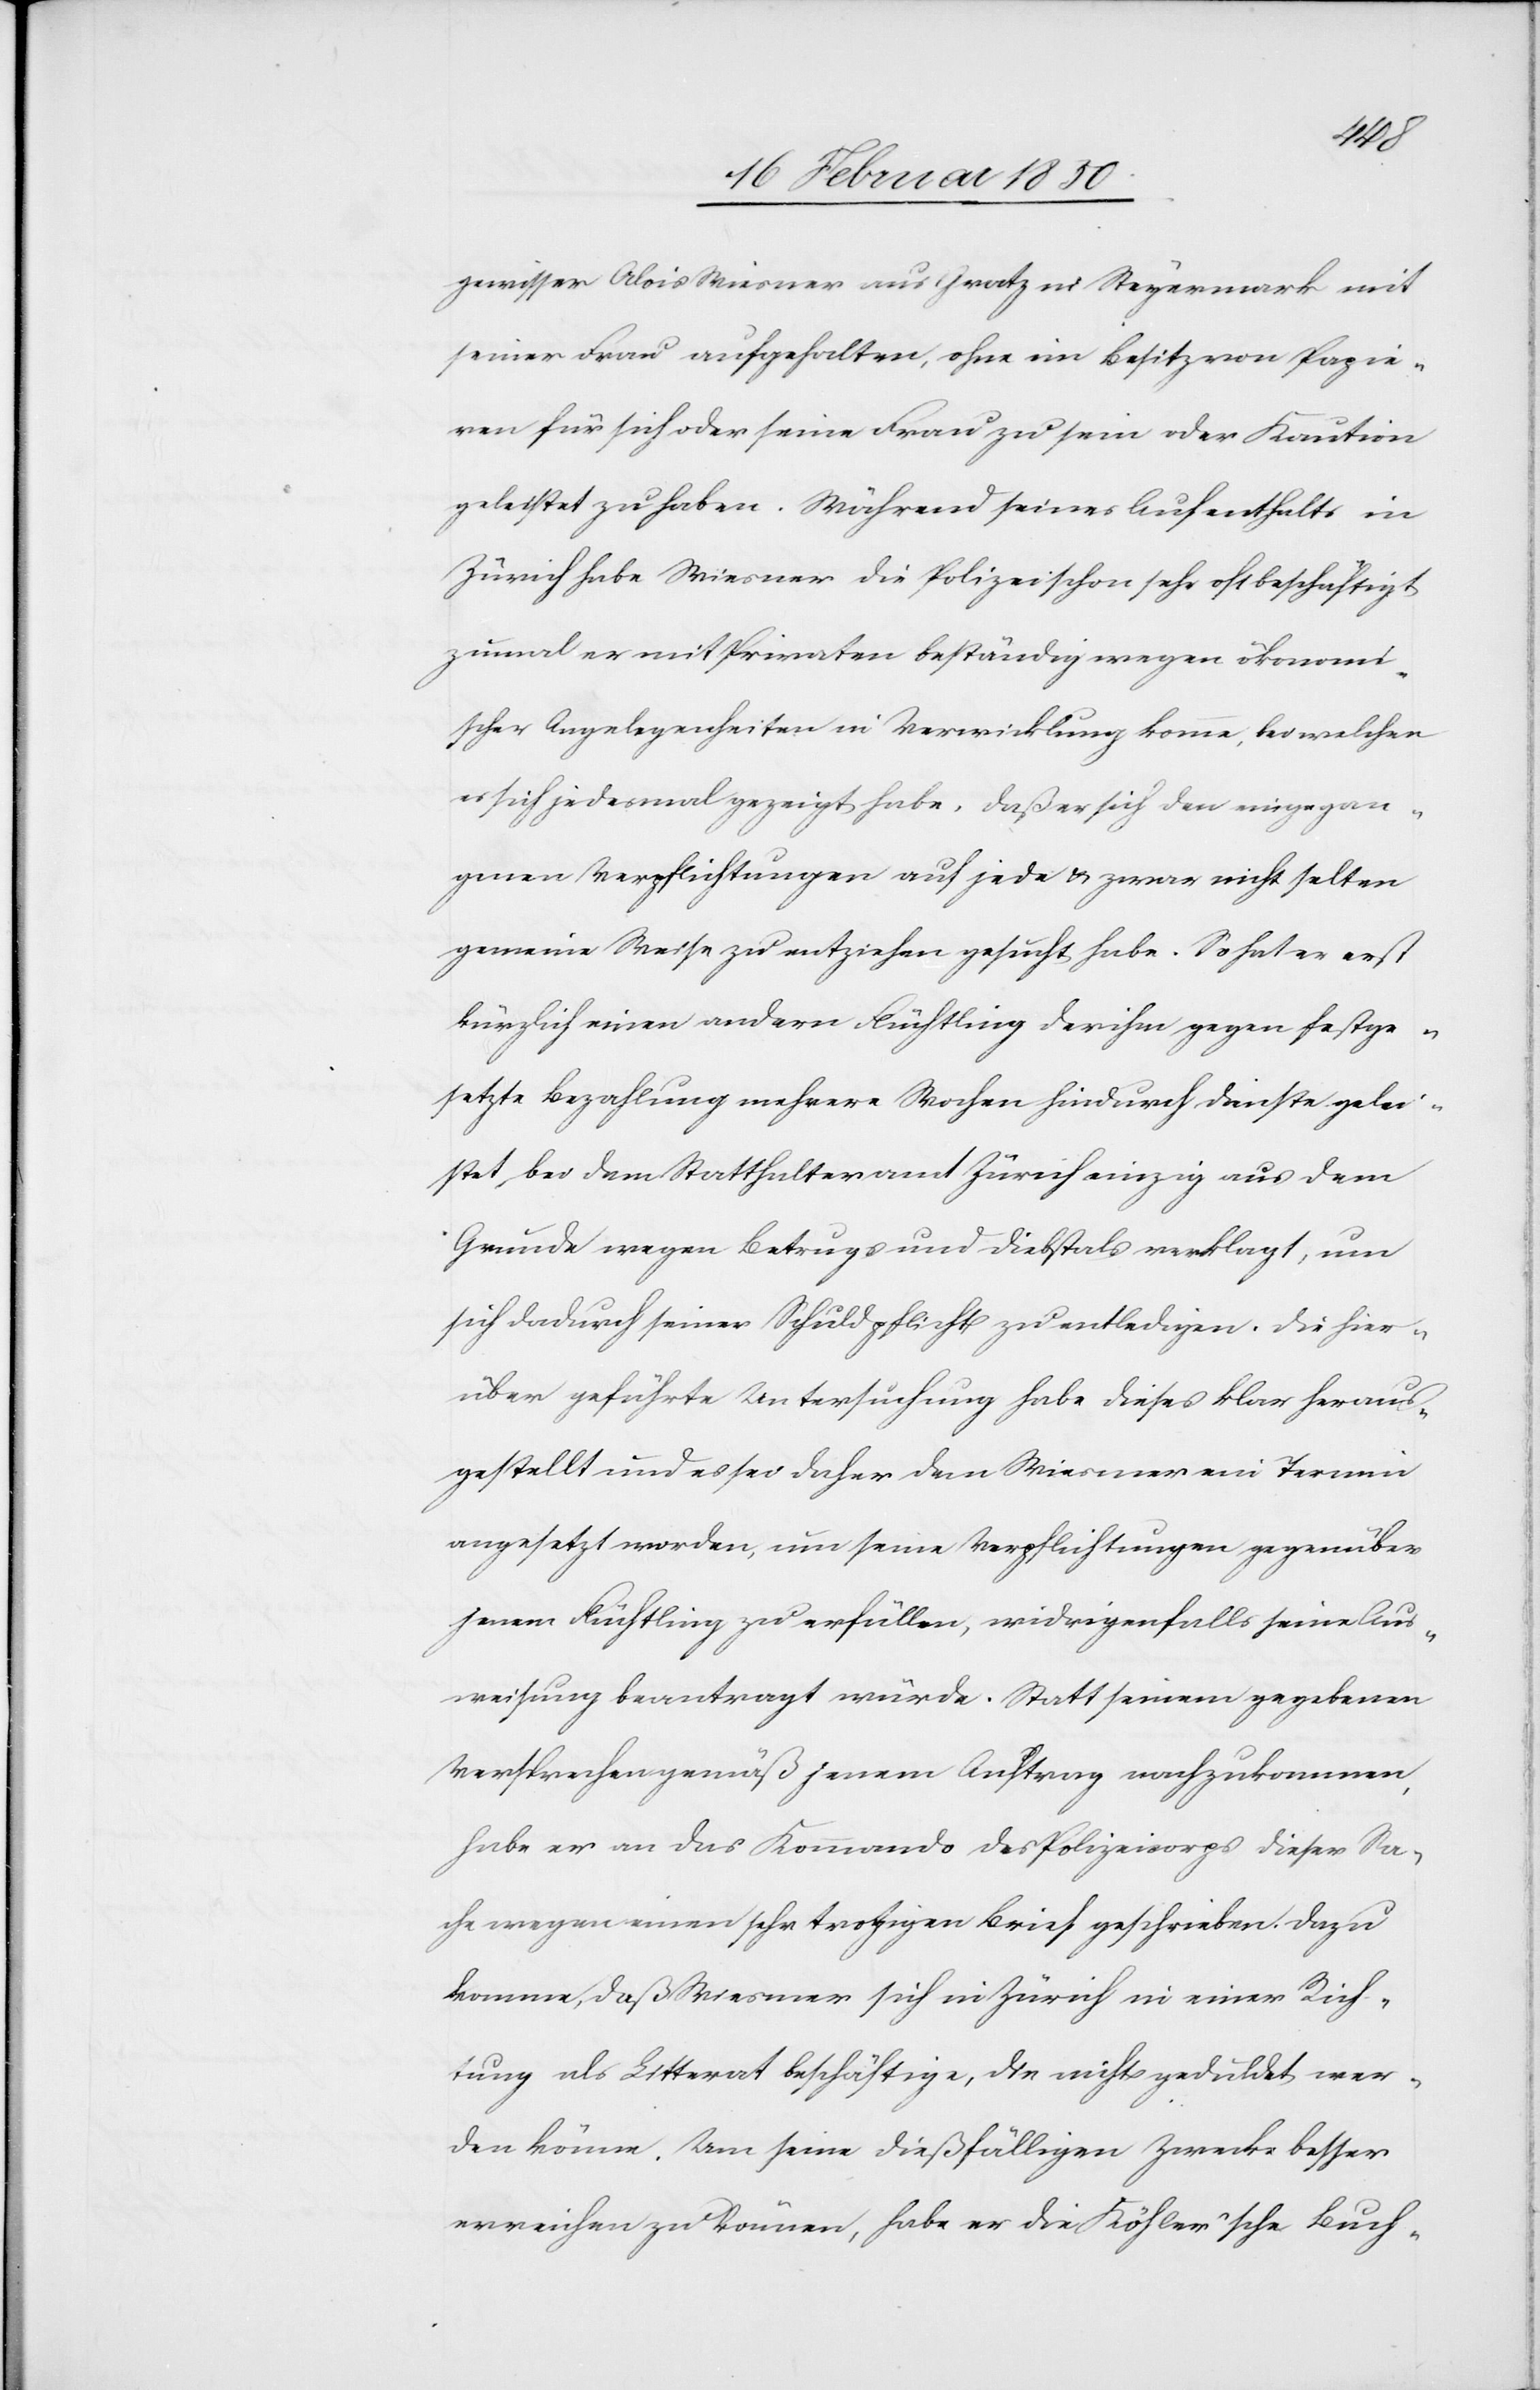
gewisser Alois Wiesner aus Gratz in Steyermark mit
seiner Frau aufgehalten, ohne im Besitz von Papie¬
ren für sich oder seine Frau zu sein oder Kaution
geleistet zu haben. Während seines Aufenthalts in
Zürich habe Wiesner die Polizei schon sehr oft beschäftigt
zumal er mit Privaten beständig wegen ökonomi¬
scher Angelegenheiten in Verwicklung komme, bei welchen
es sich jedesmal gezeigt habe, daß er sich den eingegan¬
genen Verpflichtungen auf jede u. zwar nicht selten
gemeine Weise zu entziehen gesucht habe. So hat er erst
kürzlich einen andern Flüchtling der ihm gegen festge¬
setzte Bezahlung mehrere Wochen hindurch Dienste gelei¬
stet, bei dem Statthalteramt Zürich einzig aus dem
Grunde wegen Betrugs und Diebstals verklagt, um
sich dadurch seiner Schuldpflicht zu entledigen. Die hier¬
über geführte Untersuchung habe dieses klar heraus¬
gestellt und es sei daher dem Wiesner ein Termin
angesetzt worden, um seine Verpflichtungen gegenüber
jenem Flüchtling zu erfüllen, widrigenfalls seine Aus¬
weisung beantragt würde. Statt seinem gegebenen
Versprechen gemäß jenem Antrag nachzukommen,
habe er an das Kommando des Polizeicorps dieser Sa¬
che wegen einen sehr trotzigen Brief geschrieben. Dazu
komme, daß Wiesner sich in Zürich in einer Rich¬
tung als Litterat beschäftige, die nicht geduldet wer¬
den könne. Um seine dießfälligen Zwecke besser
erreichen zu können, habe er die Köhler’sche Buch-